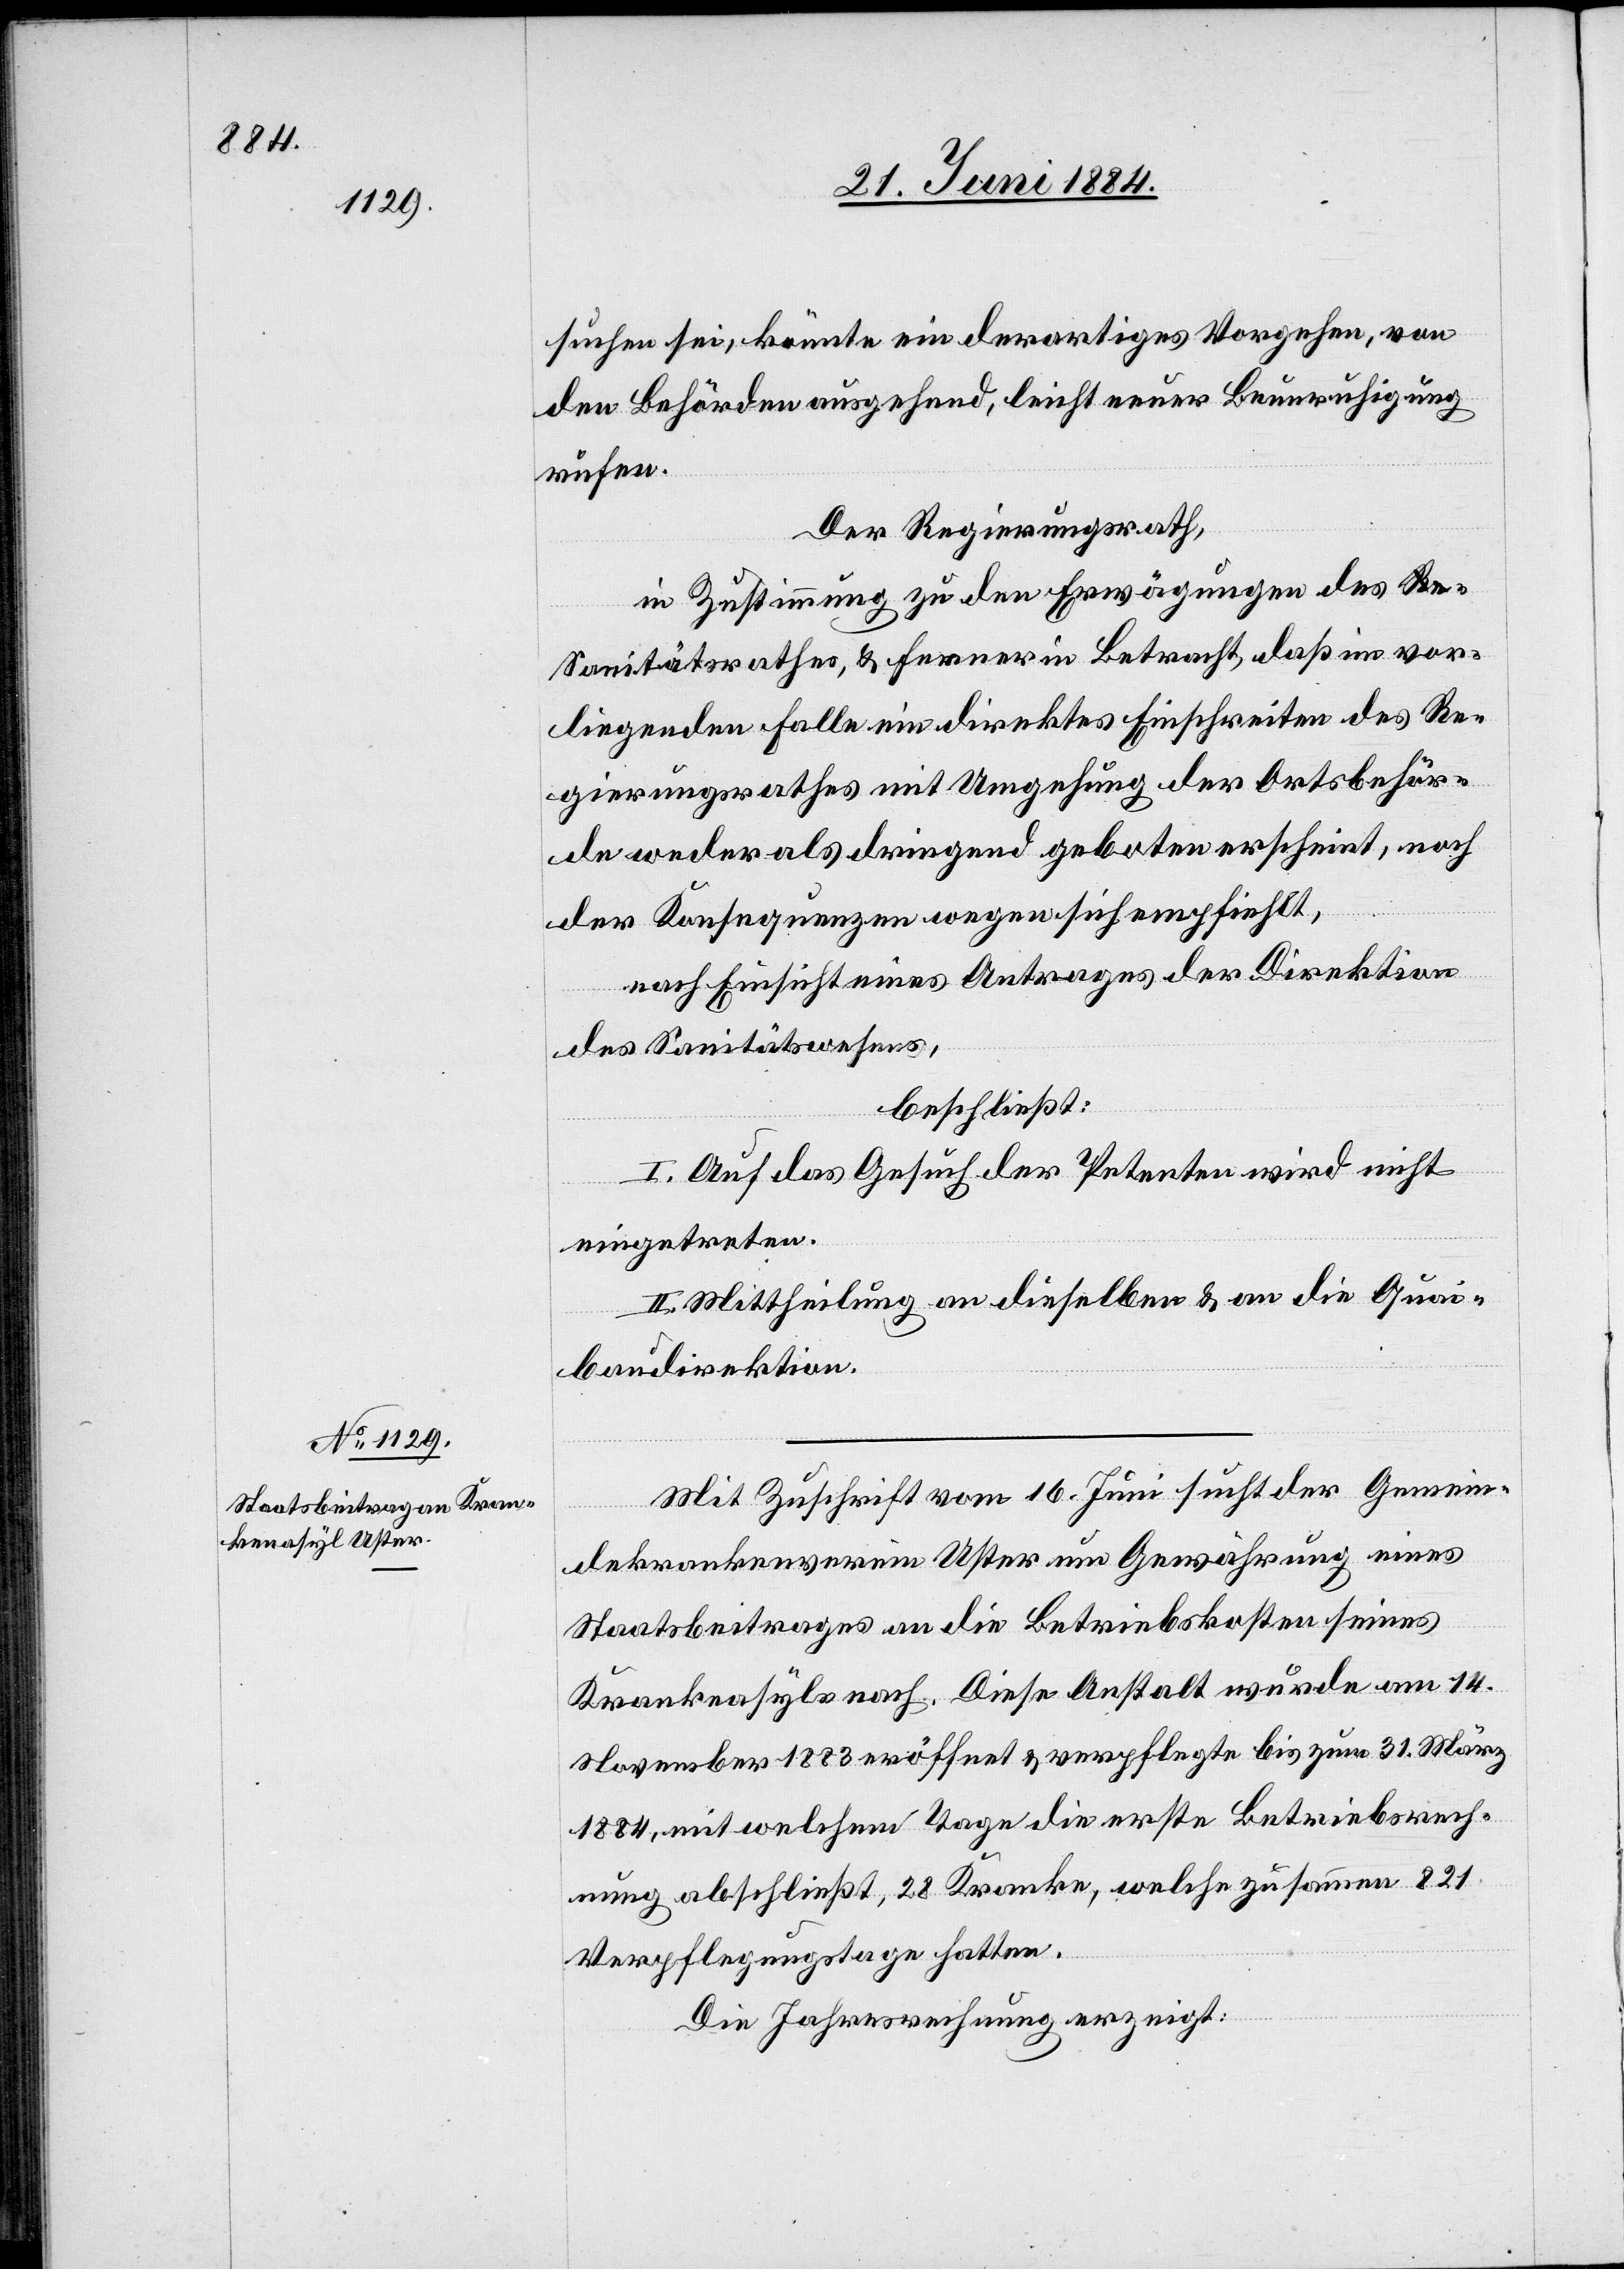
suchen sei, könnte ein derartiges Vorgehen, von
den Behörden ausgehend, leicht neuer Beunruhigung
rufen.
Der Regierungsrath,
in Zustimmung zu den Erwägungen des S¬
anitätsrathes, & ferner in Betracht, daß im vor¬
liegenden Falle ein direktes Einschreiten des Re¬
gierungsrathes mit Umgehung der Ortsbehör¬
de weder als dringend geboten erscheint, noch
der Konsequenzen wegen sich empfiehlt,
nach Einsicht eines Antrages der Direktion
des Sanitätswesens,
beschließt:
I. Auf das Gesuch der Petenten wird nicht
eingetreten.
II. Mittheilung an dieselben & an die Quai¬
baudirektion.
Mit Zuschrift vom 16. Juni sucht der Gemein¬
dekrankenverein Uster um Gewährung eines
Staatsbeitrages an die Betriebskosten seines
Krankenasyls nach. Diese Anstalt wurde am 14.
November 1883 eröffnet & verpflegte bis zum 31. März
1884, mit welchem Tage die erste Betriebsrech¬
nung abschließt, 28 Kranke, welche zusammen 821
Verpflegungstage hatten.
Die Jahresrechnung erzeigt: